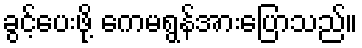
ခွင့်ပေးဖို့ ကေမရွန်အားပြောသည်။